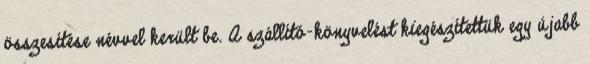
összesítése névvel került be. A szállító-könyvelést kiegészítettük egy újabb